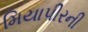
મિયાપીરની